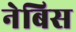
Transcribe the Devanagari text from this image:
नेबिस